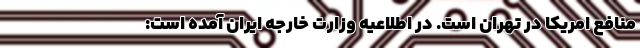
منافع امریکا در تهران است. در اطلاعیه وزارت خارجه ایران آمده است: